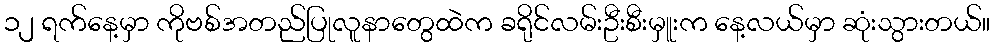
၁၂ ရက်နေ့မှာ ကိုဗစ်အတည်ပြုလူနာတွေထဲက ခရိုင်လမ်းဦးစီးမှူးက နေ့လယ်မှာ ဆုံးသွားတယ်။